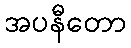
အပနီတော